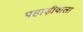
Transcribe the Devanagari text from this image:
पहाड़ीवाला